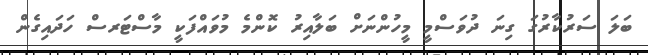
ބަލަ ސަރުކާރުގަ ގިނަ ދުވަސްމީ މީހުންނަށް ބަލާއިރު ކޮންމެ މުވައްފަކީ މާސްޓަރސް ހަދައިގެން